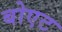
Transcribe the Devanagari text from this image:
बोएट